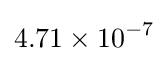
4.71\times 10^{-7}